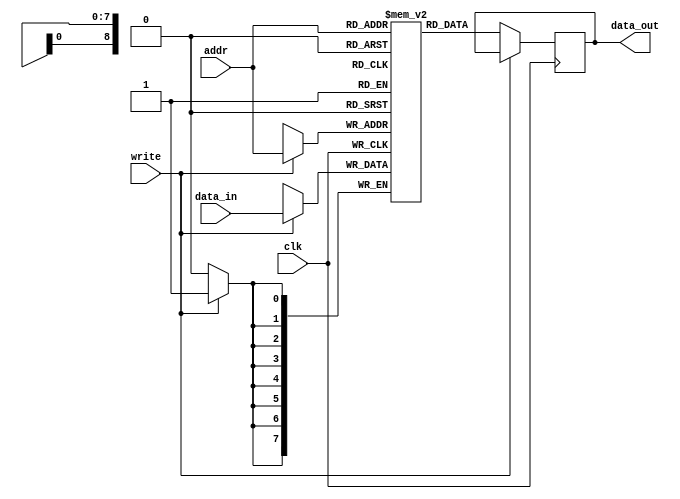
/**
 * @Author: German Cano Quiveu <germancq>
 * @Date:   2019-04-01T17:37:55+02:00
 * @Email:  germancq@dte.us.es
 * @Filename: memory_bank.v
 * @Last modified by:   germancq
 * @Last modified time: 2019-04-05T12:25:00+02:00
 */
 module memory_bank #(parameter DATA_WIDTH = 8, DEPTH = 512) (
     input clk,
     input [$clog2(DEPTH)-1:0] addr,
     input write,
     input [DATA_WIDTH-1:0] data_in,
     output reg [DATA_WIDTH-1:0] data_out
     );

     reg [DATA_WIDTH-1:0] memory_array [0:DEPTH-1];

     always @ (posedge clk)
     begin
         if(write) begin
             memory_array[addr] <= data_in;
         end
         else begin
             data_out <= memory_array[addr];
         end
     end
 endmodule